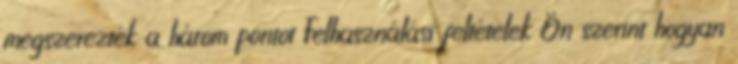
megszerezték a három pontot Felhasználási feltételek Ön szerint hogyan